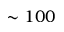
\sim 1 0 0